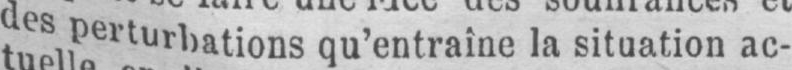
des perturbations qu’entraîne la situation ac-